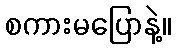
စကားမပြောနဲ့။